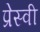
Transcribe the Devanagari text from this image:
प्रेस्वी